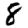
Digit: 8